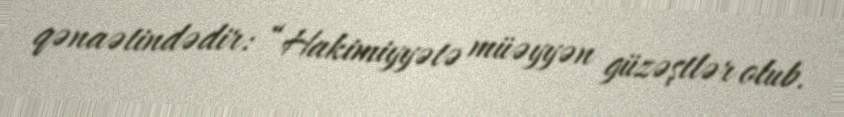
qənaətindədir: “Hakimiyyətə müəyyən güzəştlər olub.